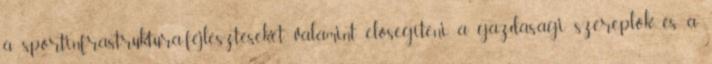
a sportinfrastruktúra-fejlesztéseket, valamint elősegíteni a gazdasági szereplők és a